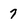
Character: 7